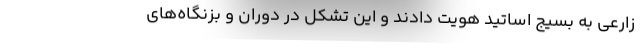
زارعی به بسیج اساتید هویت دادند و این تشکل در دوران و بزنگاه‌های